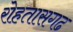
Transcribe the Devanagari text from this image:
रोहतासगढ